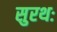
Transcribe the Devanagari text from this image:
सुरथः